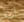
أريد